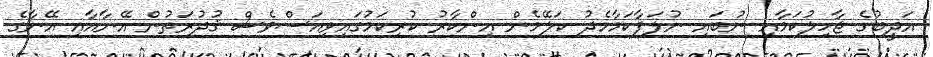
އަދީބުގެ ޖާހިލުކަމާއި ނުބައި ނުލަފާކަމާމެދު ކަލޭމެން އިންކާރު ކުރިކަމުގައިވިއަސްވެސް ޤުދުރަތުން އޭނާއާއި އޭނާގެ